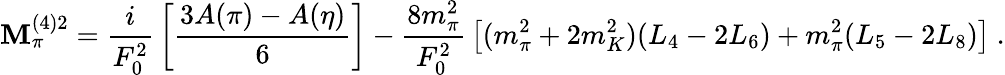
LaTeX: \mathbf{M}_{\pi}^{(4)2}={\frac{{i}}{{F_{0}^{2}}}}\left[{\frac{{3A(\pi)-A(\eta)}}{{6}}}\right]-{\frac{{8m_{\pi}^{2}}}{{F_{0}^{2}}}}\left[(m_{\pi}^{2}+2m_{K}^{2})(L_{4}-2L_{6})+m_{\pi}^{2}(L_{5}-2L_{8})\right]\ .